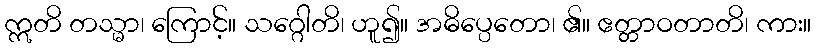
ဣတိ တသ္မာ၊ ကြောင့်။ သဂ္ဂေါတိ၊ ဟူ၍။ အဓိပ္ပေတော၊ ၏။ ဧတ္တာဝတာတိ၊ ကား။